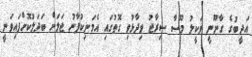
އަދީބުގެ ގާނޫނީ ވަކީލު މޫސާ ސިރާޖު ވިދާޅުވި ގޮތުގައި އެމަނިކުފާނު ޖަލަށް ބަދަލުކޮށްފައިވަނީ